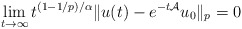
\begin{align*}\lim_{t\to \infty}t^{ (1-1/p)/\alpha}\|u(t)-e^{-t{\cal A}}u_0\|_p = 0\end{align*}